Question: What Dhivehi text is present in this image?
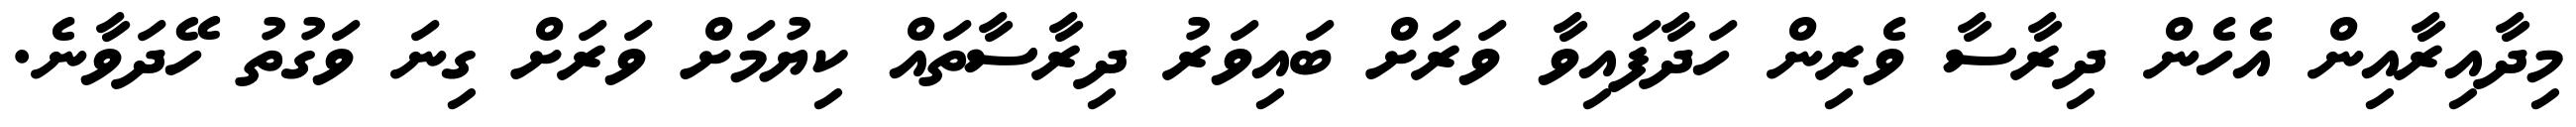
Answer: މިދާއިރާއިން އެހެން ދިރާސާ ވެރިން ހަދާފައިވާ ވަރަށް ބައިވަރު ދިރާސާތައް ކިޔުމަށް ވަރަށް ގިނަ ވަގުތު ހޭދަވާނެ.